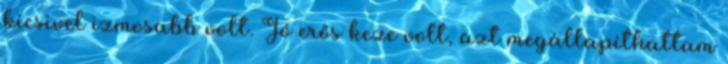
kicsivel izmosabb volt. Jó erős keze volt, azt megállapíthattam